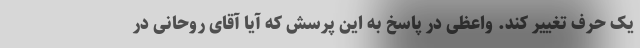
یک حرف تغییر کند. واعظی در پاسخ به این پرسش که آیا آقای روحانی در